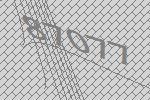
87077